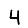
Digit: 4